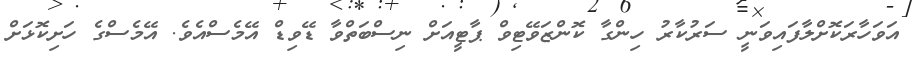
އަވަހާރަކޮށްލާފައިވަނީ ސަރުކާރު ހިންގާ ކޮންޒަވޭޓިވް ޕާޓީއަށް ނިސްބަތްވާ ޑޭވިޑް އޭމެސްއެވެ. އޭމެސްގެ ހަށިކޮޅަށް